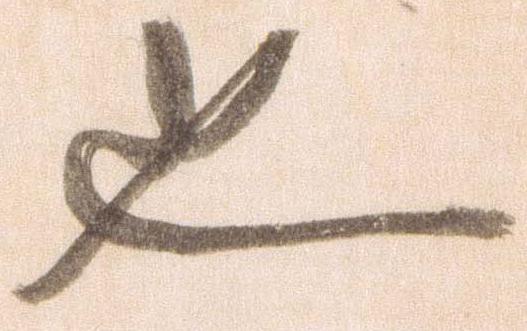
也